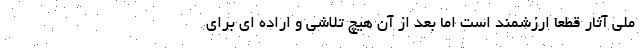
ملی آثار قطعا ارزشمند است اما بعد از آن هیچ تلاشی و اراده ای برای